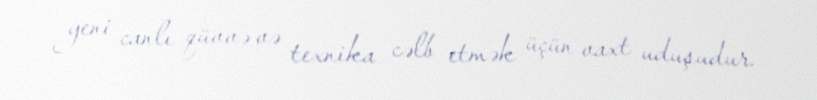
yeni canlı qüvvə və texnika cəlb etmək üçün vaxt uduşudur.